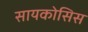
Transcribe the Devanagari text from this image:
सायकोसिस